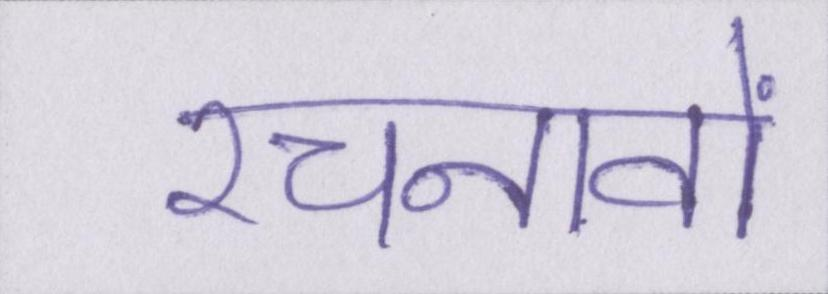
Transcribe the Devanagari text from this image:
रचनावों